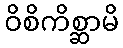
ဝိစိကိစ္ဆာမိ